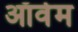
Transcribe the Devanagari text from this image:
ऑर्वम